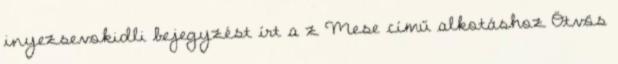
inyezsevokidli bejegyzést írt a z Mese című alkotáshoz Ötvös